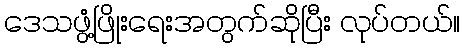
ဒေသဖွံ့ဖြိုးရေးအတွက်ဆိုပြီး လုပ်တယ်။